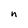
Character: n